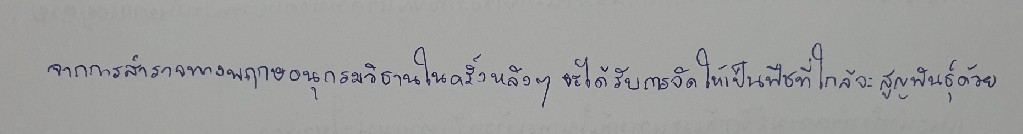
จากการสำรวจทางพฤกษอนุกรมวิธานในครั้งหลังๆจะได้รับการจัดให้เป็นพืชที่ใกล้จะสูญพันธุ์ด้วย